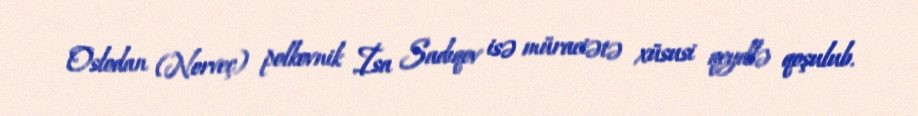
Oslodan (Norveç) polkovnik İsa Sadıqov isə müraciətə xüsusi qeydlə qoşulub.